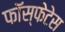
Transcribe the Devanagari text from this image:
फॉस्फेटेस